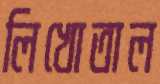
লিখোতাল